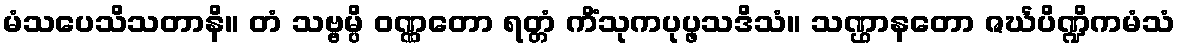
မံသပေသိသတာနိ။ တံ သဗ္ဗမ္ပိ ဝဏ္ဏတော ရတ္တံ ကိံသုကပုပ္ဖသဒိသံ။ သဏ္ဌာနတော ဇင်္ဃပိဏ္ဍိကမံသံ